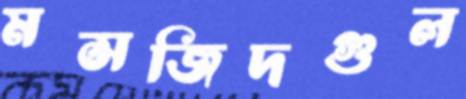
মসজিদগুল